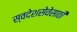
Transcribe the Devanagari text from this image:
स्वदेशसेवेसाठी